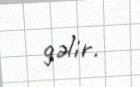
gəlir.